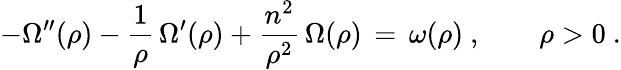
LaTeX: -\Omega^{\prime\prime}(\rho)-\frac{1}{\rho}\, \Omega^{\prime}(\rho)+\frac{n^{2}}{\rho^{2}}\, \Omega(\rho)\, =\, \omega(\rho)~,\qquad\rho>0~.